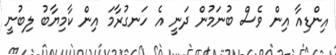
އިންޑިއާ އިން ވެސް ބުނަމުން ދަނީ އެ ހަނގުރާމަ އިން ކާމިޔާބު ލިބުނީ